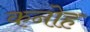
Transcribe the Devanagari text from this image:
कनोह